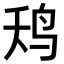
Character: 𮭢